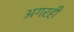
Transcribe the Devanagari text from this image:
अगरही